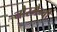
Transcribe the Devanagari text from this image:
नौरमैन्बी